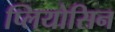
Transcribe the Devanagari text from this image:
प्लियोसिन